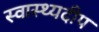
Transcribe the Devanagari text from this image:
स्वास्थ्यदीप